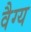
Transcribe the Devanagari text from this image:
वैग्य